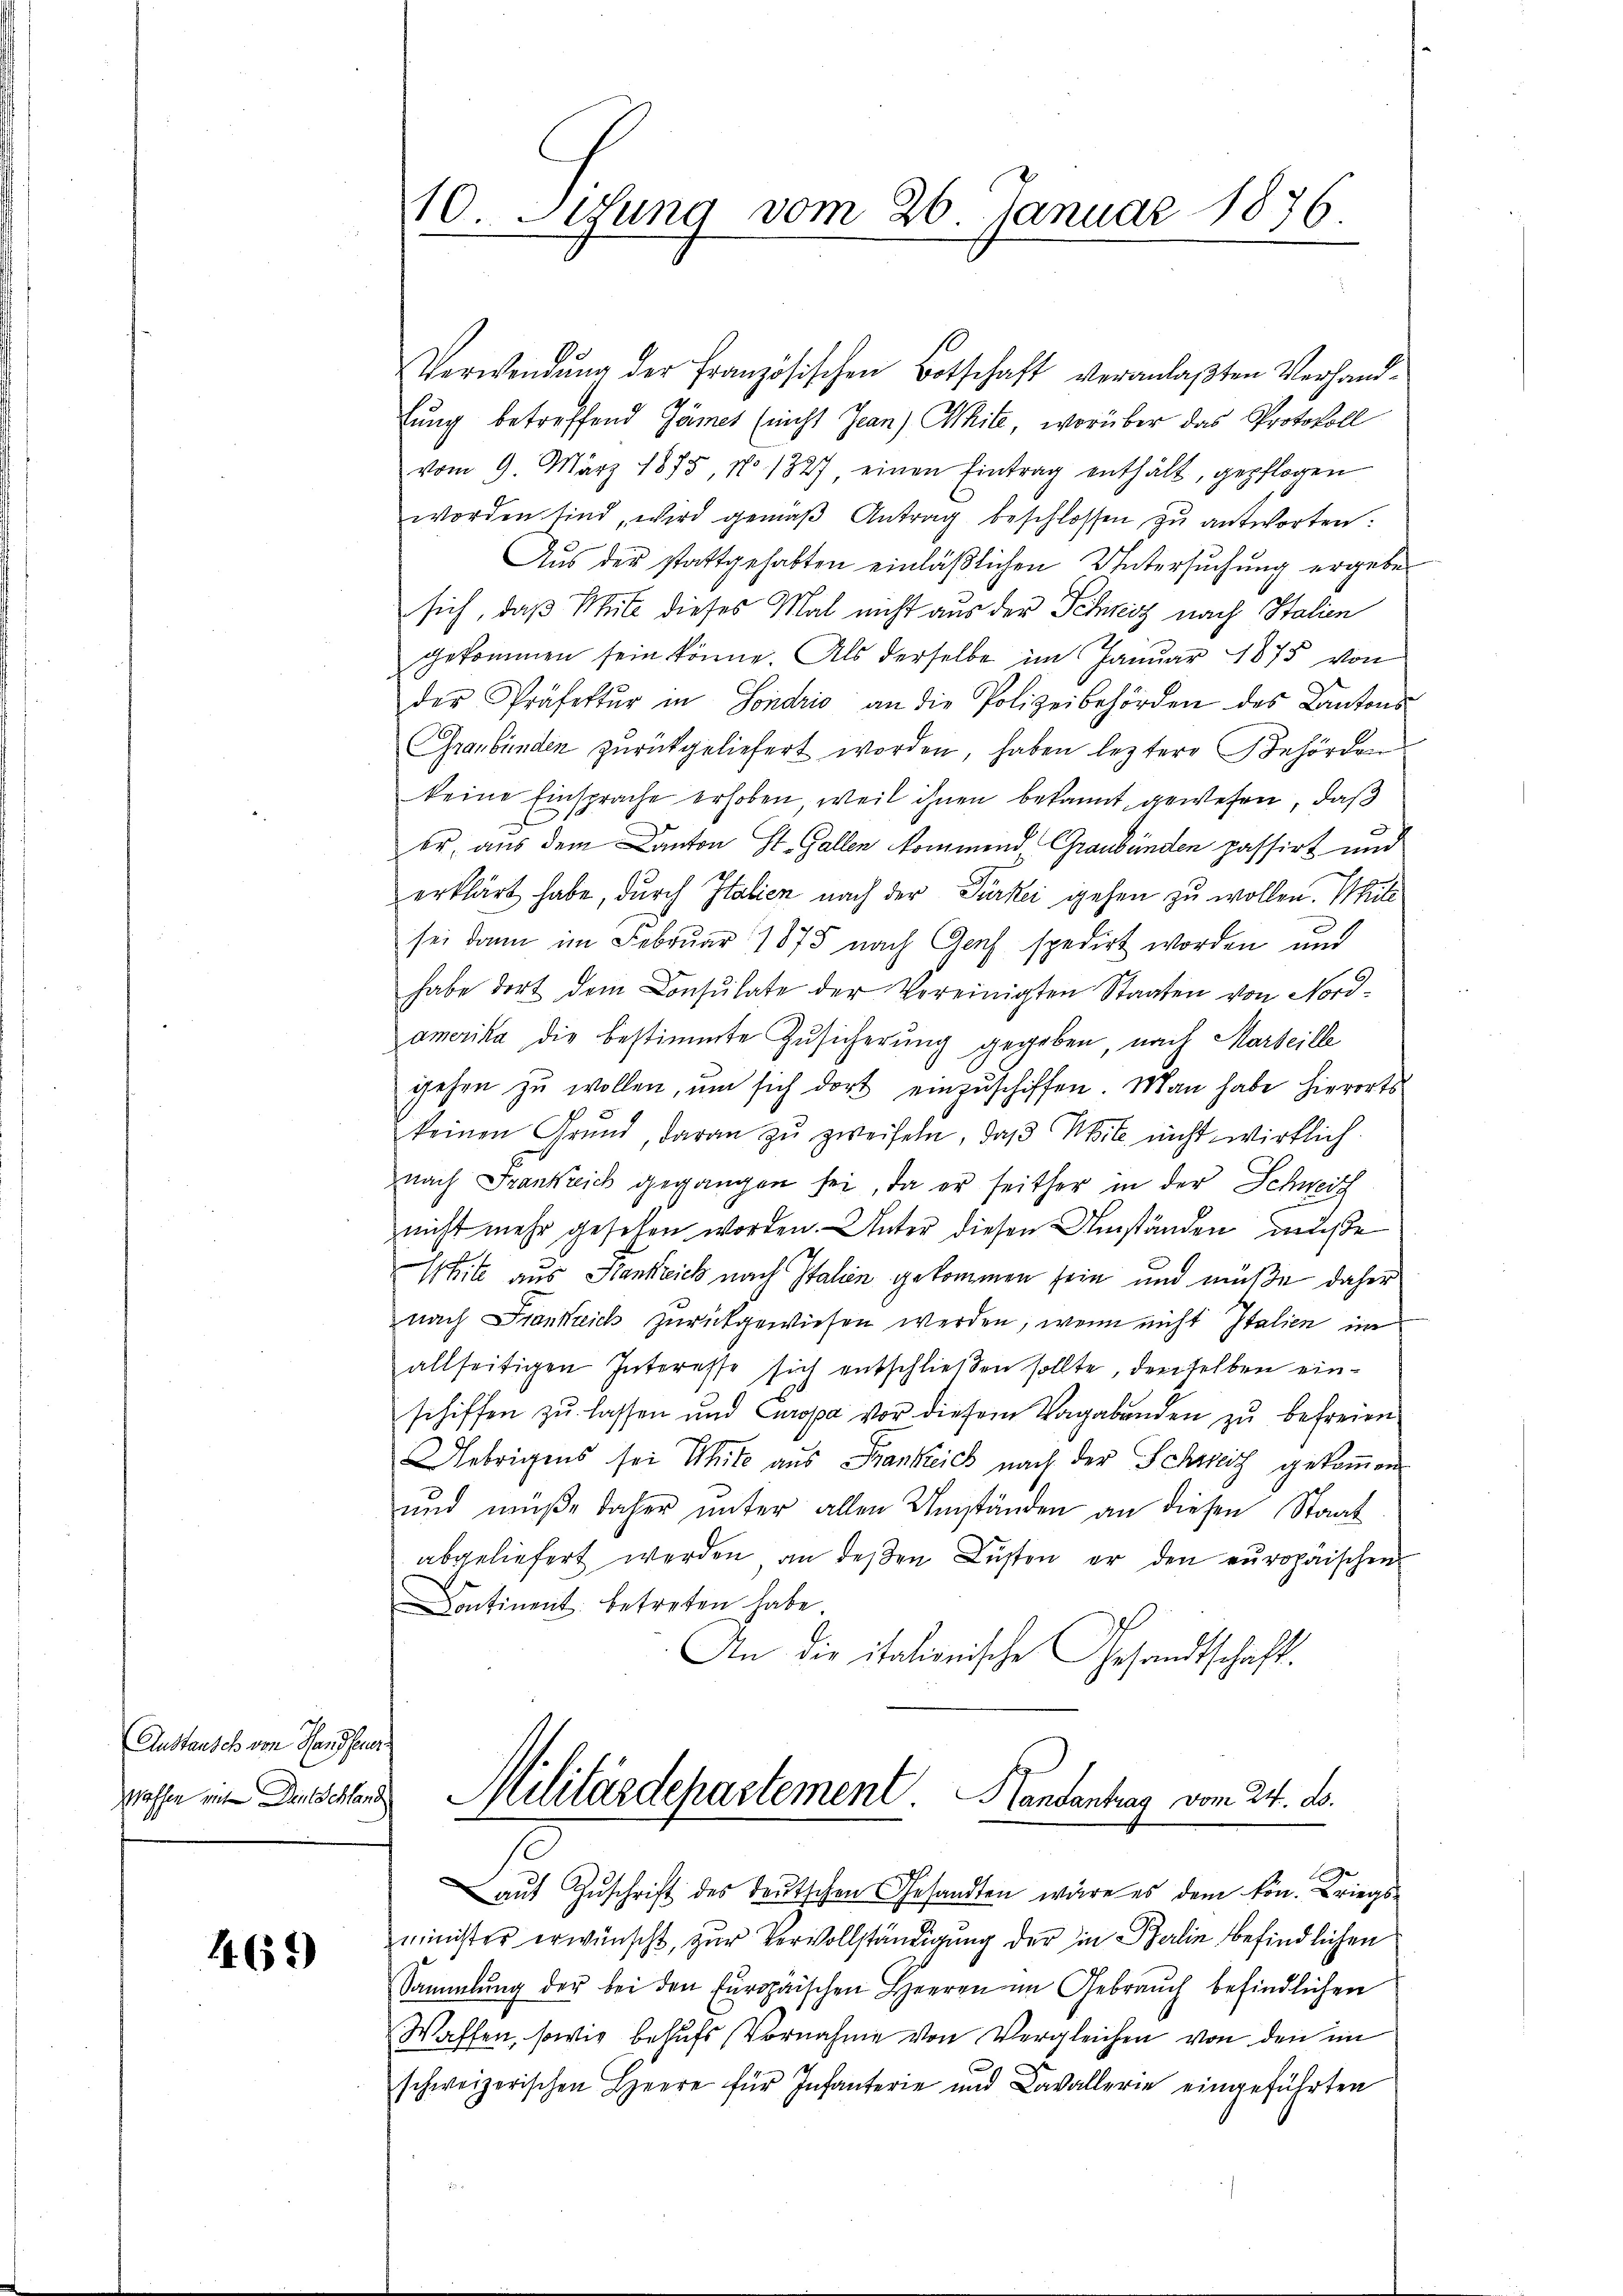
Anstansch von Handfeuer

469)

Verwendŭng der Französischen Botschaft veranlaßten Verhandlung betreffend Gämer (nicht Jean) Mite, worüber das Protokoll
vom 9. März 1875, No 1327, einen Eintrag enthält, gepflogen
worden sind, wird gemäβ Antrag beschlossen zu antworten:
Aŭs der stattgehabten einläβlichen Untersŭchŭng ergebe
sich, daß Mite dieses Mal nicht aus der Schreiz nach Italien
gekommen sein könne. Als derselbe im Januar 1875 von
der Präfektŭr in Sondrio an die Polizeibehörden des Kantons
Graubünden zŭrückgeliefert worden, haben leztere Behörden
keine Einsprache erhoben, weil ihnen bekannt gewesen, daß
er, aus dem Canton St. Gallen kommend Graubünden passirt und
erklärt habe, durch Italien nach der Türkei gehen zu wollen. Mili
sei dann im Februar 1875 nach Auch spedirt worden und
habe dort dem Consulate der Vereinigten Staaten von Nord-
amerika die bestimmte Zusicherung gegeben, nach Marteille
gehen zu wollen, um sich dort einzuschiffen. Man habe hierorts
keinen Grund, daran zŭ zweifeln, daβ Mit nicht wirklich.
nach Frankreich gegangen sei, da er seither in der Schweiz
nicht mehr gesehen worden. Unter diesen Umständen müße
Whitz aus Stankreich nach Italien gekommen sein und müße daher
nach Frankreich zurückgewiesen werden, wenn nicht Italien im
allseitigen Interesse sich entschließen sollte, denselben einschiffen zŭ lassen und Curopa vor diesem Vagabunden zŭ befreien
Uebrigens sei Witz aus Frankreich nach der Schweiz gekoṁen
und müße daher ŭnter allen Umständen an diesen Staat
abgeliefert werden an deßen Lüsten er den europäischen
Continent betreten habe.
An die itationische Gesandtschaft.
gressen in Anschland Militärdepartement. Handantrag vom 24. ds.
e
aŭf Zŭschrift des Teutschen Gesandten wäre es dem kon. Kriegs-
minister erwünscht, zur Vervollständigung der in Berlin befindlichen
Sammlung der bei den Europäischen Herren im Gebrauch befindlichen
Waffen, sowie behufs Vornahme von Vergleichen von den im
schweizerischen Heere für Infanterie und Cavallerie eingeführten

10. Sedung vom 26. Januar 1836